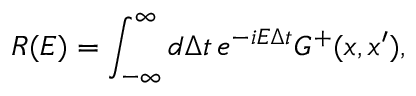
R ( E ) = \int _ { - \infty } ^ { \infty } d \Delta t \, e ^ { - i E \Delta t } G ^ { + } ( x , x ^ { \prime } ) ,